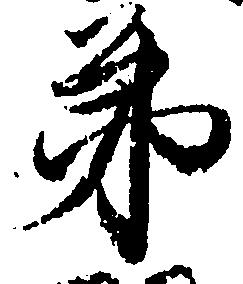
第